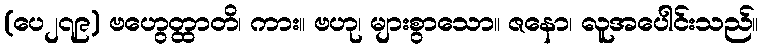
(ပေ၂၇၉) ဗဟွေတ္ထာတိ၊ ကား။ ဗဟု၊ များစွာသော။ ဇနော၊ လူအပေါင်းသည်။